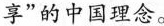
享”的中国理念。